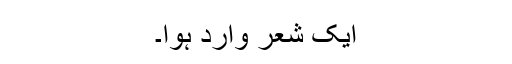
ایک شعر وارد ہُوا۔